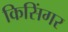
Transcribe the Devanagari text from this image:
किसिंगर